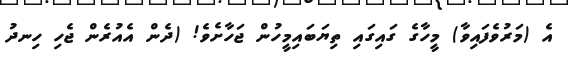
އެ (މަރުވެފައިވާ) މީހާގެ ގައިގައި ތިޔަބައިމީހުން ޖަހާށެވެ! (ދެން އެއުރެން ޖެހި ހިނދު